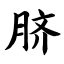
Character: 脐